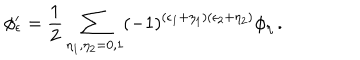
\phi _ { \epsilon } ^ { \prime } = \frac { 1 } { 2 } \sum _ { \eta _ { 1 } , \eta _ { 2 } = 0 , 1 } ( - 1 ) ^ { ( \epsilon _ { 1 } + \eta _ { 1 } ) ( \epsilon _ { 2 } + \eta _ { 2 } ) } \phi _ { \eta } \, .